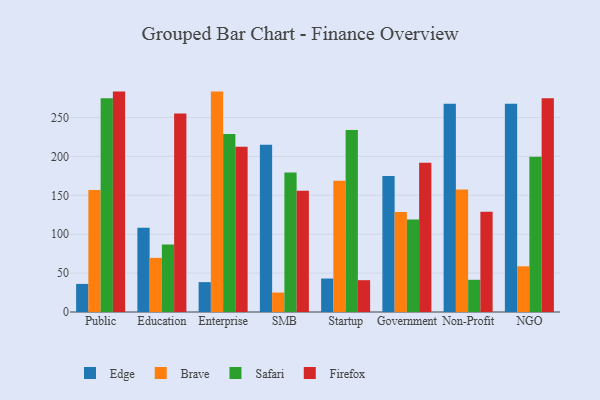
{"axis": {"x": "Segment", "y": "Inventory Turnover"}, "legend": ["Brave", "Edge", "Firefox", "Safari"], "data": [{"x": "Public", "y": 36.1, "type": "Edge"}, {"x": "Public", "y": 156.9, "type": "Brave"}, {"x": "Public", "y": 274.7, "type": "Safari"}, {"x": "Public", "y": 283.3, "type": "Firefox"}, {"x": "Education", "y": 108.4, "type": "Edge"}, {"x": "Education", "y": 69.6, "type": "Brave"}, {"x": "Education", "y": 86.9, "type": "Safari"}, {"x": "Education", "y": 255.0, "type": "Firefox"}, {"x": "Enterprise", "y": 38.4, "type": "Edge"}, {"x": "Enterprise", "y": 283.3, "type": "Brave"}, {"x": "Enterprise", "y": 228.7, "type": "Safari"}, {"x": "Enterprise", "y": 212.4, "type": "Firefox"}, {"x": "SMB", "y": 215.1, "type": "Edge"}, {"x": "SMB", "y": 25.0, "type": "Brave"}, {"x": "SMB", "y": 179.3, "type": "Safari"}, {"x": "SMB", "y": 155.8, "type": "Firefox"}, {"x": "Startup", "y": 43.0, "type": "Edge"}, {"x": "Startup", "y": 168.6, "type": "Brave"}, {"x": "Startup", "y": 234.1, "type": "Safari"}, {"x": "Startup", "y": 40.9, "type": "Firefox"}, {"x": "Government", "y": 174.8, "type": "Edge"}, {"x": "Government", "y": 128.6, "type": "Brave"}, {"x": "Government", "y": 118.8, "type": "Safari"}, {"x": "Government", "y": 191.8, "type": "Firefox"}, {"x": "Non-Profit", "y": 267.7, "type": "Edge"}, {"x": "Non-Profit", "y": 157.5, "type": "Brave"}, {"x": "Non-Profit", "y": 41.4, "type": "Safari"}, {"x": "Non-Profit", "y": 128.8, "type": "Firefox"}, {"x": "NGO", "y": 267.6, "type": "Edge"}, {"x": "NGO", "y": 58.7, "type": "Brave"}, {"x": "NGO", "y": 199.5, "type": "Safari"}, {"x": "NGO", "y": 274.6, "type": "Firefox"}]}